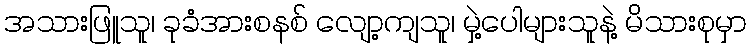
အသားဖြူသူ၊ ခုခံအားစနစ် လျော့ကျသူ၊ မှဲ့ပေါများသူနဲ့ မိသားစုမှာ